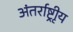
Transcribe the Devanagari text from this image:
अंतर्राष्ट्रीृय